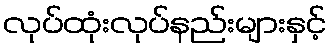
လုပ်ထုံးလုပ်နည်းများနှင့်